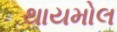
થાયમોલ